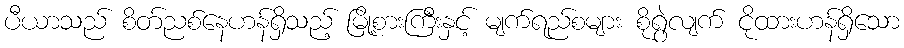
ပီယာသည် စိတ်ညစ်နေဟန်ရှိသည့် မြို့စားကြီးနှင့် မျက်ရည်စများ စိုရွဲလျက် ငိုထားဟန်ရှိသော